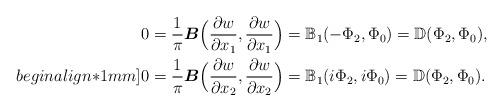
LaTeX: \begin{align*}&0=\frac{1}{\pi}\boldsymbol{B}\Big(\frac{\partial w}{\partial{x_1}}, \frac{\partial w}{\partial{x_1}}\Big)= \mathbb B_1 ( -\Phi_2, \Phi_0)= {\mathbb D} ( \Phi_2, \Phi_0),\\begin{align*}1mm]&0=\frac{1}{\pi}\boldsymbol{B}\Big(\frac{\partial w}{\partial{x_2}}, \frac{\partial w}{\partial{x_2}}\Big)= \mathbb B_1 ( i\Phi_2, i\Phi_0)= {\mathbb D} ( \Phi_2, \Phi_0).\end{align*}